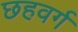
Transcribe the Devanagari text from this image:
छहवर्ग